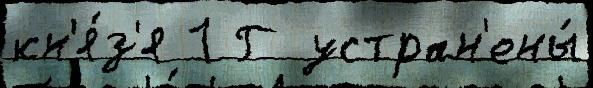
кн'я́з'я 1 Г устран'ены́